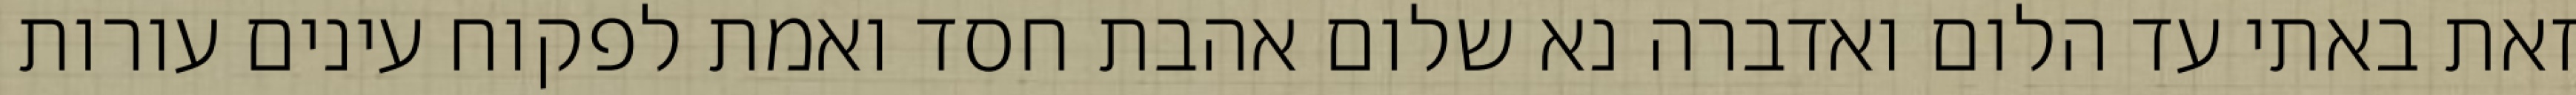
זאת באתי עד הלום ואדברה נא שלום אהבת חסד ואמת לפקוח עינים עורות